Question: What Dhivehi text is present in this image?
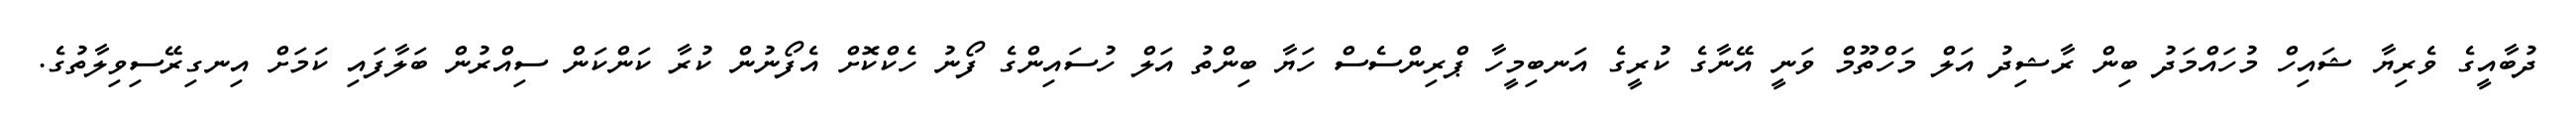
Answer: ދުބާއީގެ ވެރިޔާ ޝައިހް މުހައްމަދު ބިން ރާޝިދު އަލް މަހްތޫމް ވަނީ އޭނާގެ ކުރީގެ އަނބިމީހާ ޕްރިންސެސް ހަޔާ ބިންތު އަލް ހުސައިންގެ ފޯނު ހެކްކޮށް އެފޯނުން ކުރާ ކަންކަން ސިއްރުން ބަލާފައި ކަމަށް އިނގިރޭސިވިލާތުގެ.